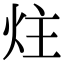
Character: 炷